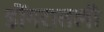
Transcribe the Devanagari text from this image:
डोंगरातली